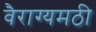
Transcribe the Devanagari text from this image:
वैराग्यमठी